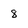
Character: 8